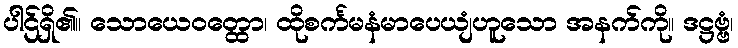
ပါဌ်ရှိ၏။ သောယေဝတ္ထော၊ ထိုစင်္ကမနံမာပေယျံဟူသော အနက်ကို။ ဒဋ္ဌဗ္ဗံ၊